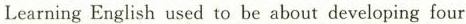
Learning English used to be about developing four